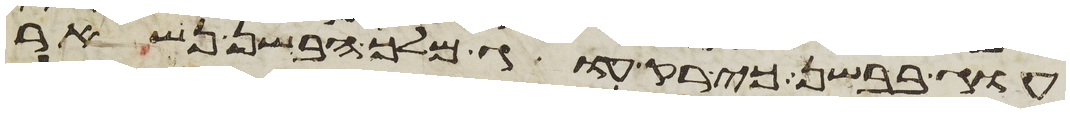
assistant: עוג בבשן כי רק עוג מלך הבשן נשאר